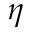
\eta